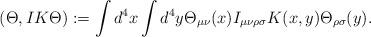
LaTeX: \begin{align*}(\Theta, I K \Theta):= \int d^4x \int d^4y \Theta_{\mu\nu}(x) I_{\mu\nu\rho\sigma} K(x,y) \Theta_{\rho\sigma}(y) .\end{align*}